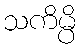
သကိမ္ပိ